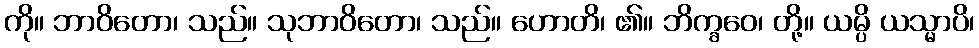
ကို။ ဘာဝိတော၊ သည်။ သုဘာဝိတော၊ သည်။ ဟောတိ၊ ၏။ ဘိက္ခဝေ၊ တို့။ ယမ္ပိ ယသ္မာပိ၊